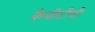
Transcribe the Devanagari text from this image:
केबीटीवी